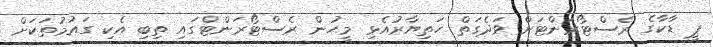
ޕީ ޑާކާގެ ރެސްޓޯރަންޓަށް ވަދެގަތް ހަތިޔާރުއެޅި މީހުން ރެސްޓޯރަންޓްގައި ތިބި އެކި ގައުމުތަކަށް